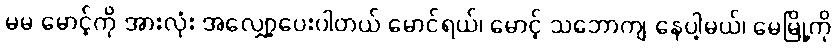
မမ မောင့်ကို အားလုံး အလျှော့ပေးပါတယ် မောင်ရယ်၊ မောင့် သဘောကျ နေပါ့မယ်၊ မေမြို့ကို